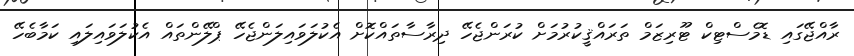
ރާއްޖޭގައި ޑޮމެސްޓިކް ޓޫރިޒަމް ތަރައްޤީކުރުމަށް ކުރަންޖެހޭ ދިރާސާތައްކޮށް އެކުލަވައިލަންޖެހޭ ޕްލޭންތައް އެކުލަވައިލައި ކަމާބެހޭ